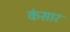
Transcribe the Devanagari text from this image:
कंसार